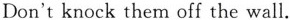
Don't knock them off the wall.